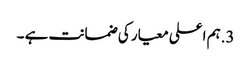
3.ہم اعلی معیار کی ضمانت ہے ۔